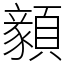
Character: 顡